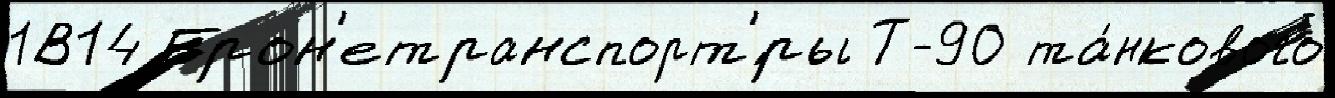
1В14 Брон'етранспорт'́ры Т-90 та́нкового